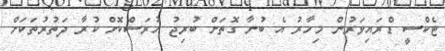
ޓެކްސީ ޑްރައިވަރުން މިހާރު އެ ބުނާ ގޮތަށް ބުރިޖު ހުރަސްކޮށް ކުރާ ދަތުރުތަކަށް